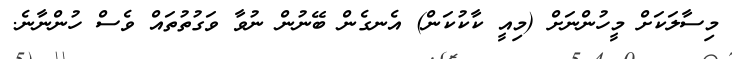
މިސާލަކަށް މީހުންނަށް (މިއީ ކާކުކަން) އެނގެން ބޭނުން ނުވާ ވަގުތުތައް ވެސް ހުންނާނެ.